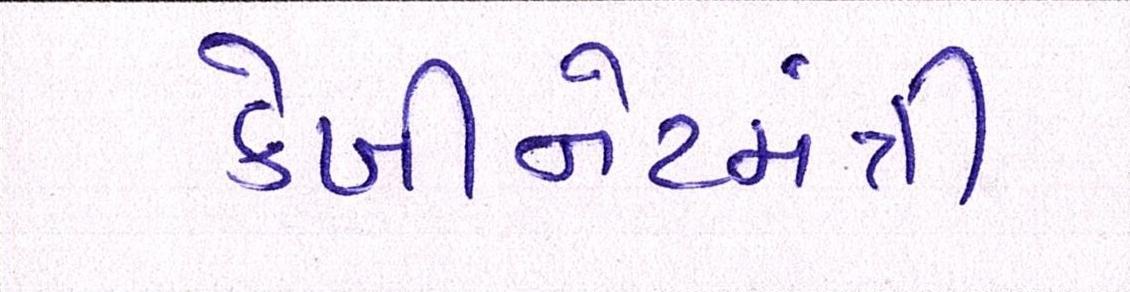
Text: કેબીનેટમંત્રી